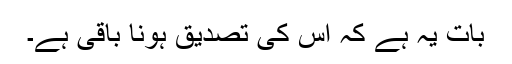
بات یہ ہے کہ اِس کی تصدیق ہونا باقی ہے۔